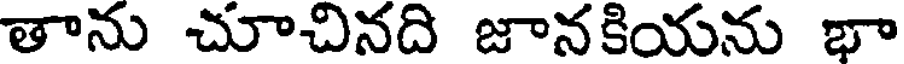
తాను చూచినది జానకియను భా